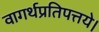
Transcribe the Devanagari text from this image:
वागर्थप्रतिपत्तये।